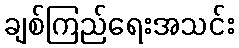
ချစ်ကြည်ရေးအသင်း